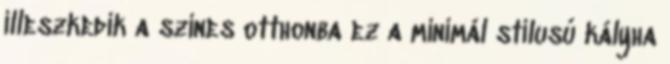
illeszkedik a színes otthonba ez a minimál stílusú kályha